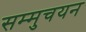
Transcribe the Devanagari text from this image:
सम्मुचयन